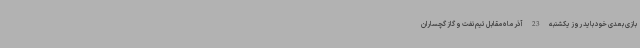
بازی بعدی خود باید روز یکشنبه 23 آذر ماه مقابل تیم نفت و گاز گچساران